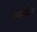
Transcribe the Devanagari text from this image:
मार्गसंकेत